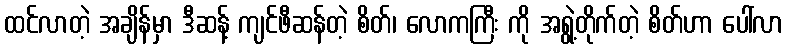
ထင်လာတဲ့ အချိန်မှာ ဒီဆန့် ကျင်ဖီဆန်တဲ့ စိတ်၊ လောကကြီး ကို အရွဲ့တိုက်တဲ့ စိတ်ဟာ ပေါ်လာ